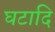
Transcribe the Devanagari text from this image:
घटादि